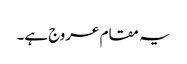
یہ مقام عروج ہے۔